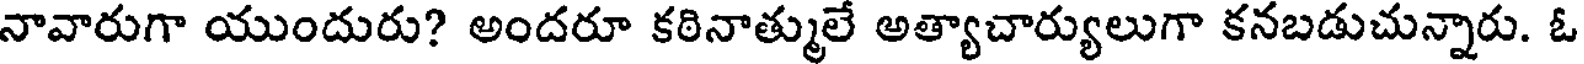
నావారుగా యుందురు? అందరూ కఠినాత్ములే అత్యాచార్యులుగా కనబడుచున్నారు. ఓ